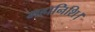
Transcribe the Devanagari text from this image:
महानिशि।